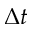
\Delta t